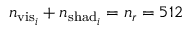
n _ { \mathrm { v i s } _ { i } } + n _ { \mathrm { s h a d } _ { i } } = n _ { r } = 5 1 2